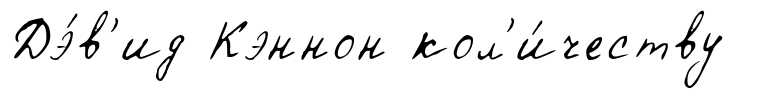
Дэ́в'ид Кэннон кол'и́честву